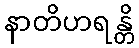
နာတိဟရန္တိ